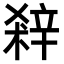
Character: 𨐘